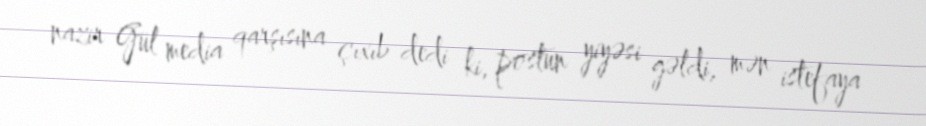
nazir Gül media qarşısına çıxıb dedi ki, postun yiyəsi gəldi, mən istefaya